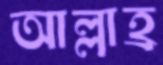
আল্লাহ্র